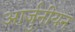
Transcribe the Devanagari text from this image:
आर्जुनीयन